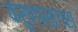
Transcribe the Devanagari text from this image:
करुणासागरा